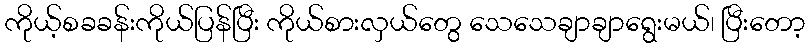
ကိုယ့်စခခန်းကိုယ်ပြန်ပြီး ကိုယ်စားလှယ်တွေ သေသေချာချာရွေးမယ်၊ ပြီးတော့